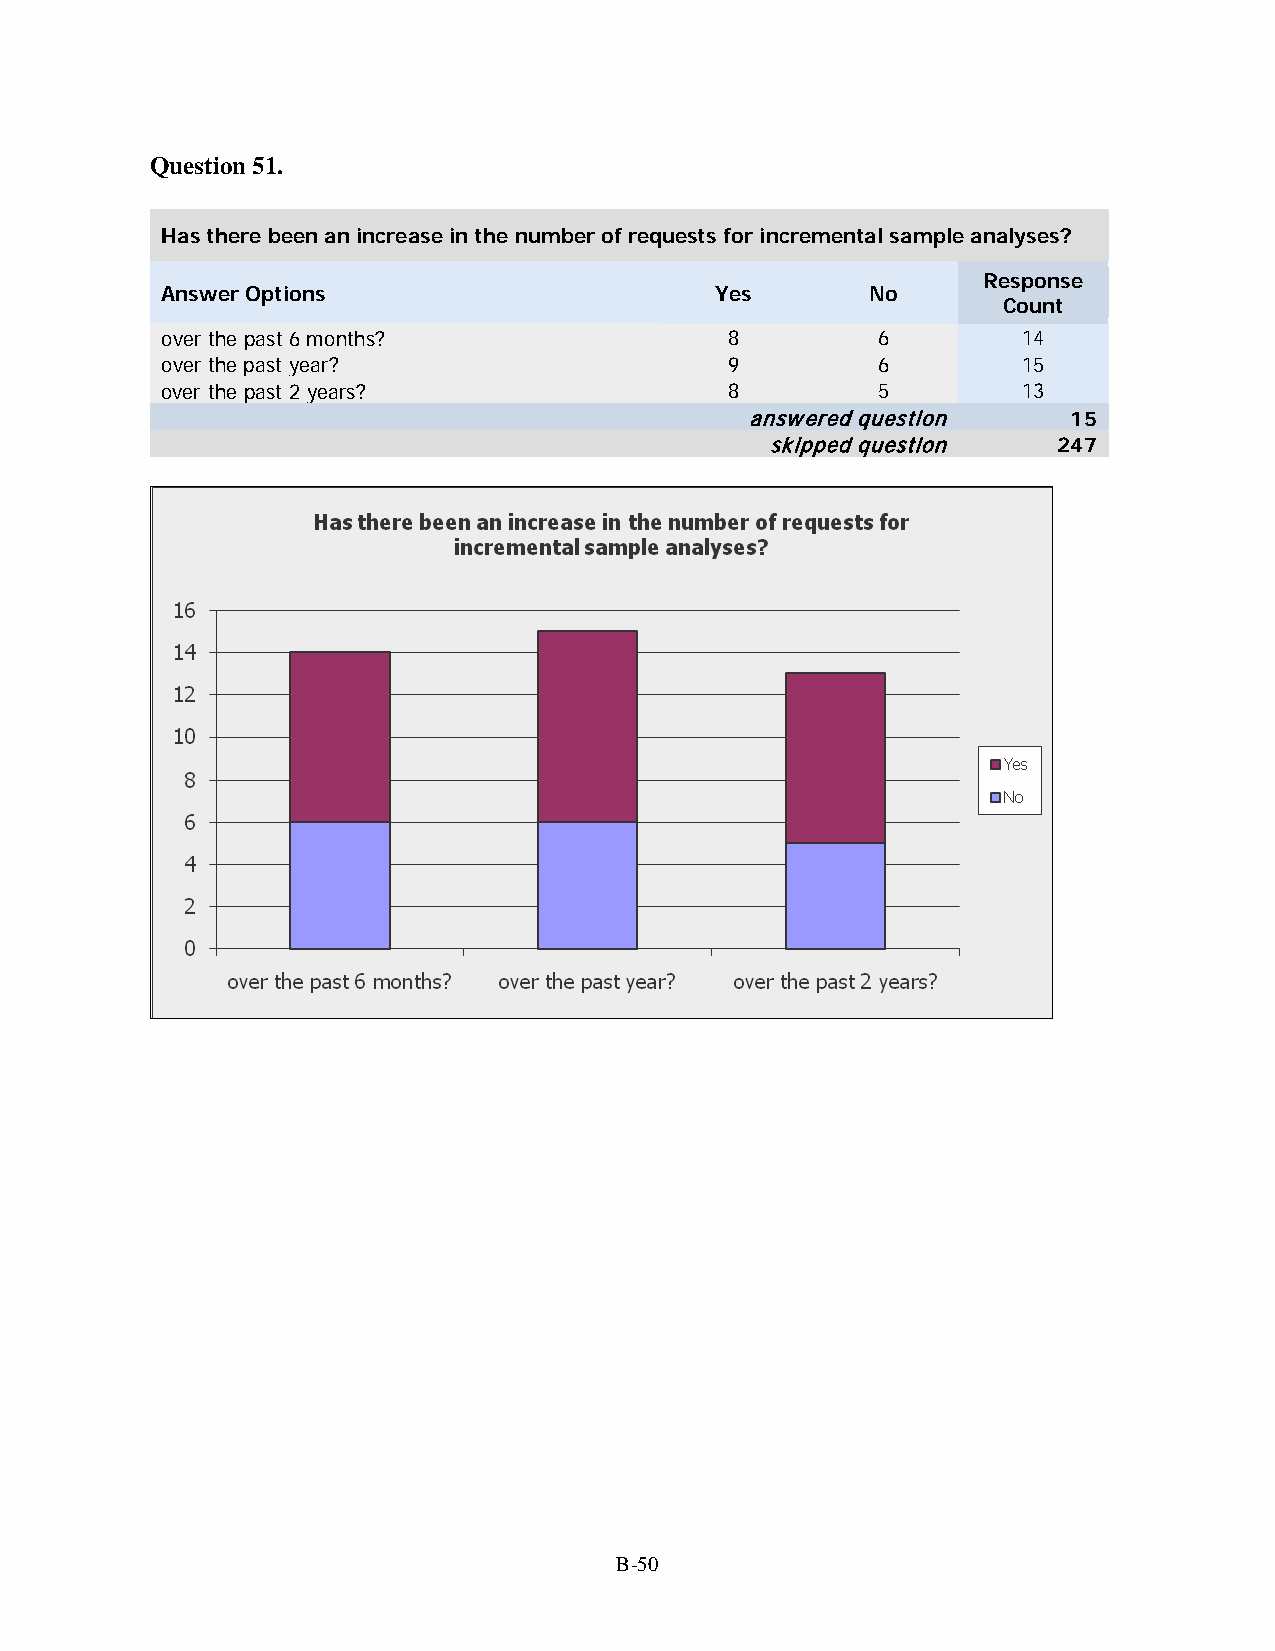
Question 51.
 Has there been an increase in the number of requests for incremental sample analyses?
 Response
 Answer Options                      Yes        No
 Count
 over the past 6 months?              8         6         14
 over the past year?                  9         6         15
 over the past 2 years?               8         5         13
 answered question    15
 skipped question   247
 B-50